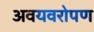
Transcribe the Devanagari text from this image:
अवयवरोपण